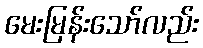
မေးမြန်းသော်လည်း